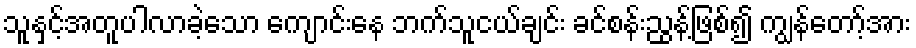
သူနှင့်အတူပါလာခဲ့သော ကျောင်းနေ ဘက်သူငယ်ချင်း ခင်စန်းညွန့်ဖြစ်၍ ကျွန်တော့်အား